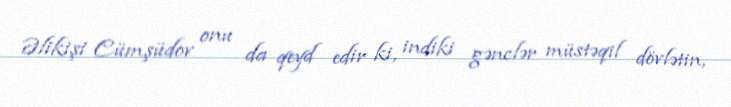
Əlikişi Cümşüdov onu da qeyd edir ki, indiki gənclər müstəqil dövlətin,